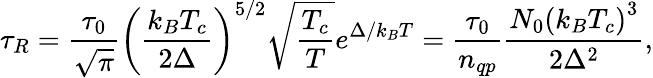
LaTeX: \tau_{R}=\frac{\tau_{0}}{\sqrt{\pi}}\left(\frac{k_{B}T_{c}}{2\Delta}\right)^{5/2}\sqrt{\frac{T_{c}}{T}}e^{\Delta/k_{B}T}=\frac{\tau_{0}}{n_{qp}}\frac{N_{0}\left(k_{B}T_{c}\right)^{3}}{2\Delta^{2}},